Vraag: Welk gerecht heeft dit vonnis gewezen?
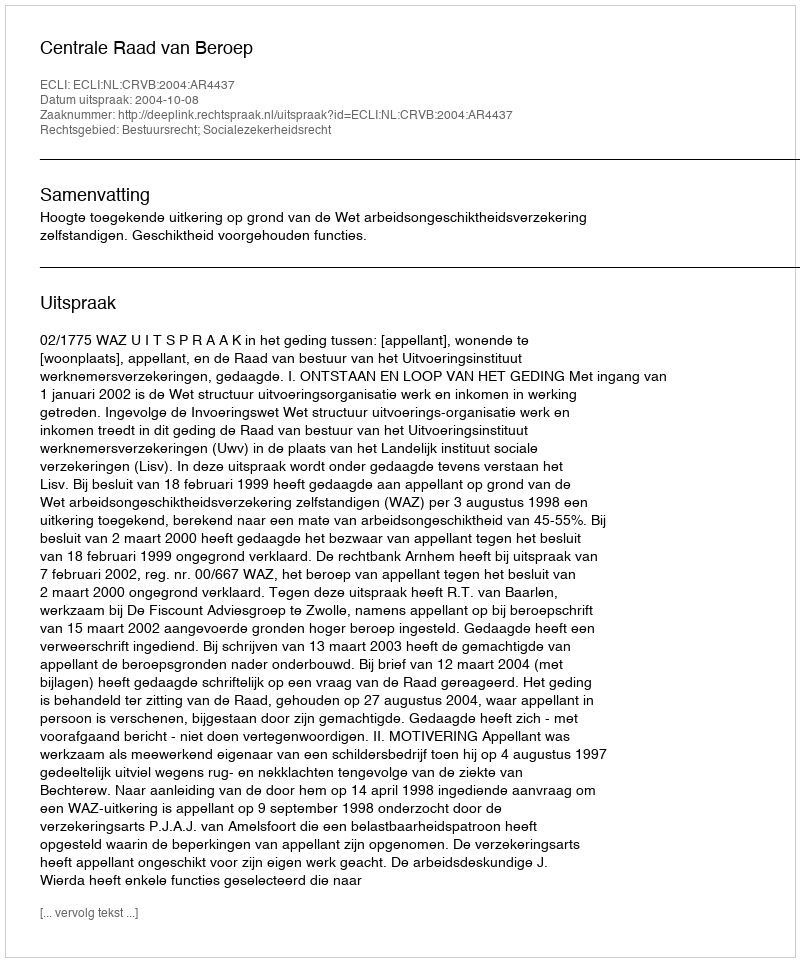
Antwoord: Centrale Raad van Beroep